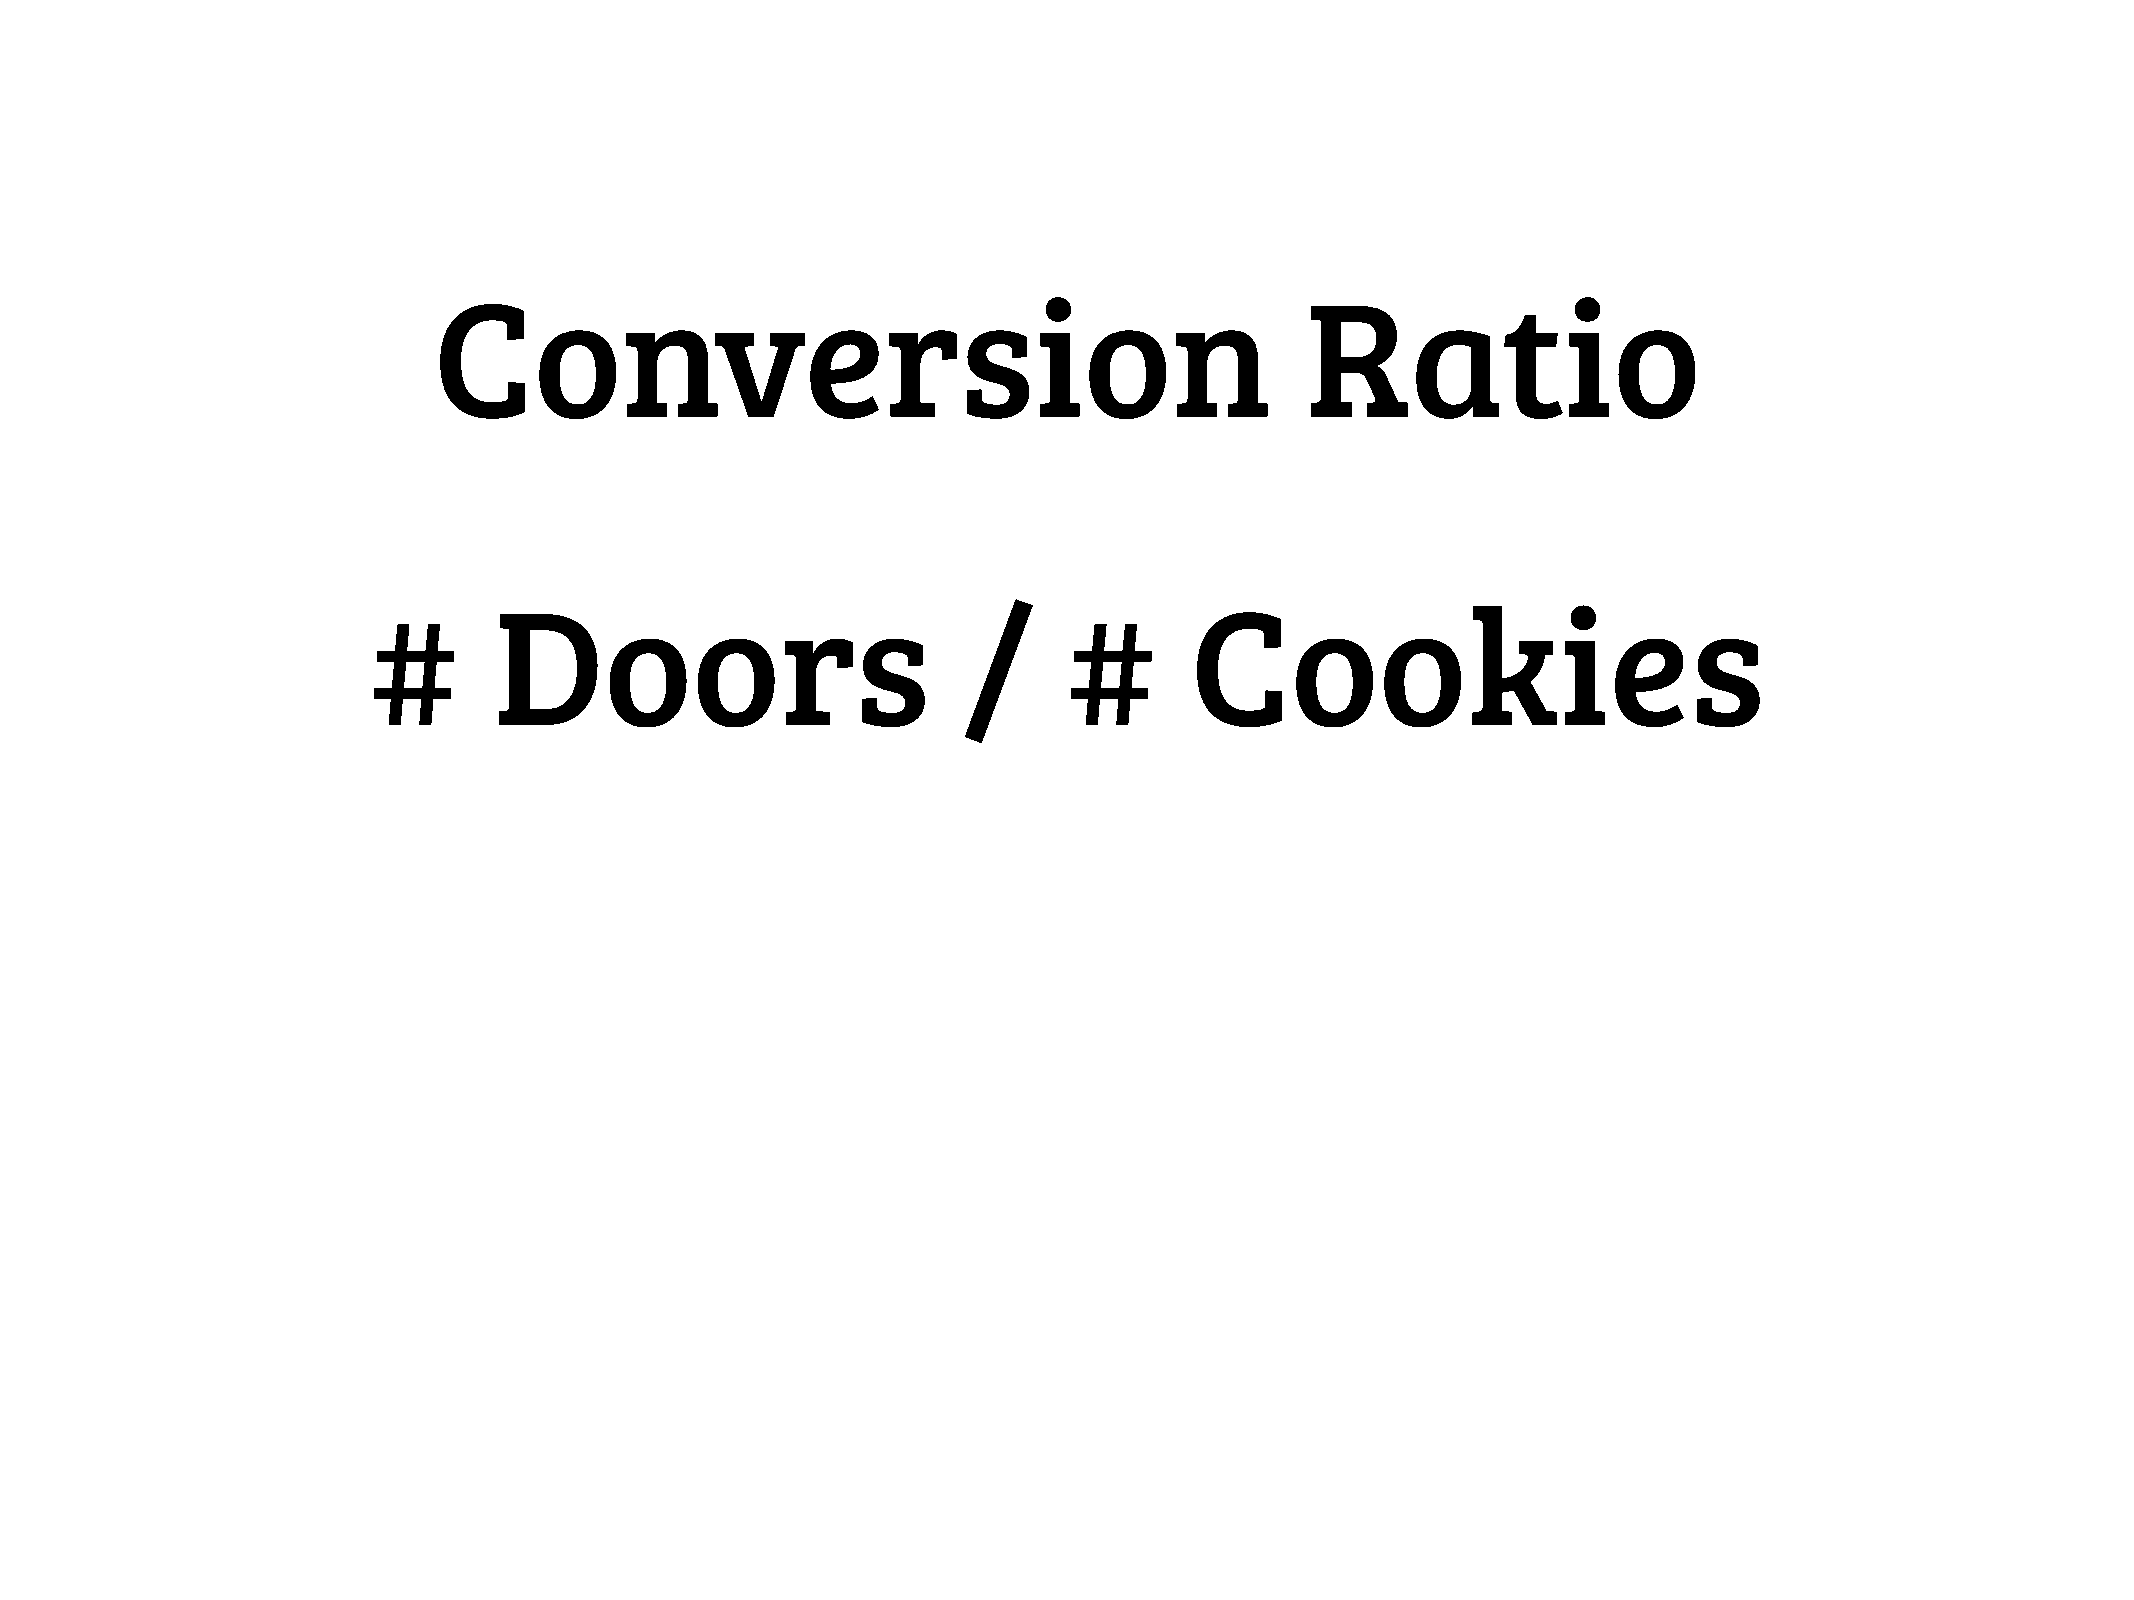
Conversion                                               Ratio
 #       Doors                          /      #       Cookies